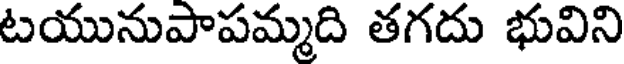
టయునుపాపమ్మది తగదు భువిని